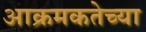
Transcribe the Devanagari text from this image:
आक्रमकतेच्या